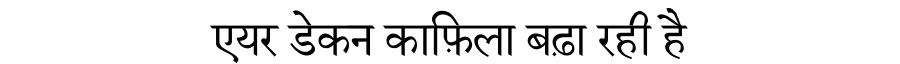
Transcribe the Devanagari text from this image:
एयर डेकन काफ़िला बढ़ा रही है